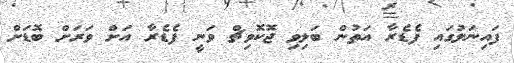
ފައިނަލުގައި ފެޑެރާ އަތުން ބަލިވި ޖޮކޮވިޗް ވަނީ ފެޑެރާ އަށް ވަރަށް ބޮޑަށް